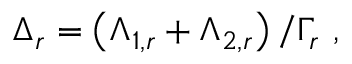
\Delta _ { r } = \left( \Lambda _ { 1 , r } + \Lambda _ { 2 , r } \right) / \Gamma _ { r } \ ,